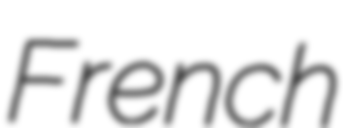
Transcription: French